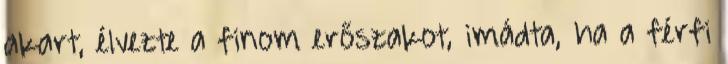
akart, élvezte a finom erőszakot, imádta, ha a férfi